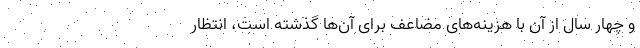
و چهار سال از آن با هزینه‌های مضاعف برای آن‌ها گذشته است، انتظار